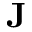
\mathbf { J }